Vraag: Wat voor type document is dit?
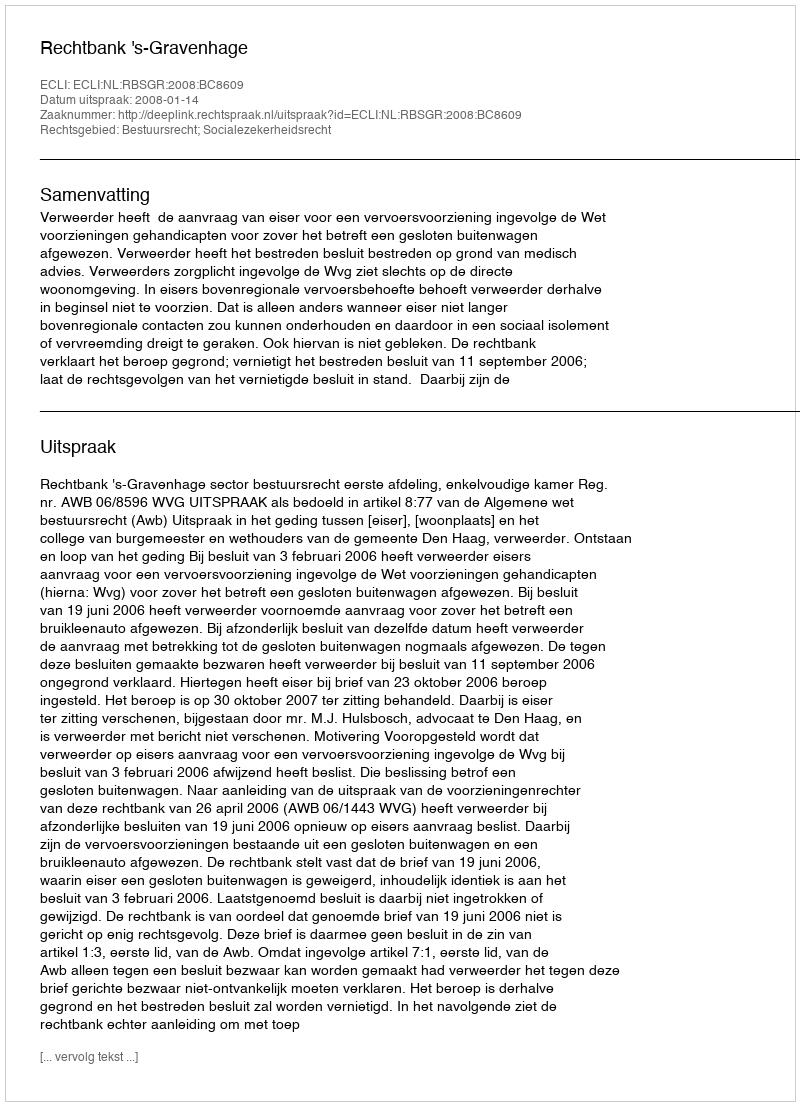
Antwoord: Uitspraak